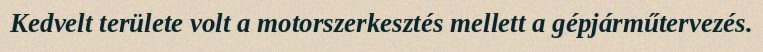
Kedvelt területe volt a motorszerkesztés mellett a gépjárműtervezés.